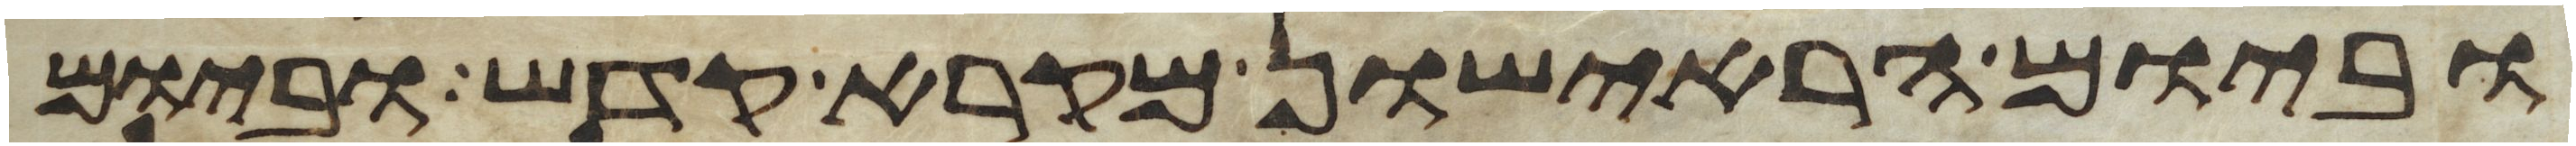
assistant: וביום הראישון מקרא קדש וביום